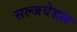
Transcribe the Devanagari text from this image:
सल्जवेडल